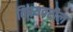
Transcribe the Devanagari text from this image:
विषयवरील